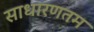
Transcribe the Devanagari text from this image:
साधारणतम